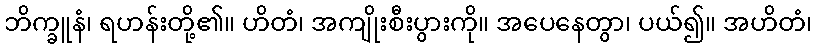
ဘိက္ခူနံ၊ ရဟန်းတို့၏။ ဟိတံ၊ အကျိုးစီးပွားကို။ အပေနေတွာ၊ ပယ်၍။ အဟိတံ၊